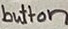
Text: button